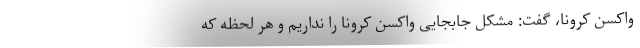
واکسن کرونا، گفت: مشکل جابجایی واکسن کرونا را نداریم و هر لحظه که